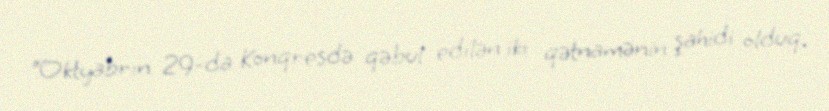
“Oktyabrın 29-da Konqresdə qəbul edilən iki qətnamənin şahidi olduq.